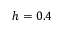
h = 0 . 4